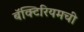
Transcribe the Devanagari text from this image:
बॅक्टिरियमची